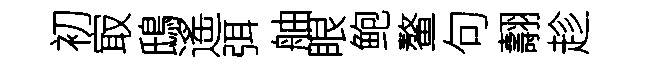
初㝡鴟遙弭舳眼鲍鳌句翿趁